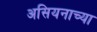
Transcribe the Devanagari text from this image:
असियनाच्या